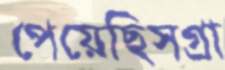
পেয়েছিসগ্রা